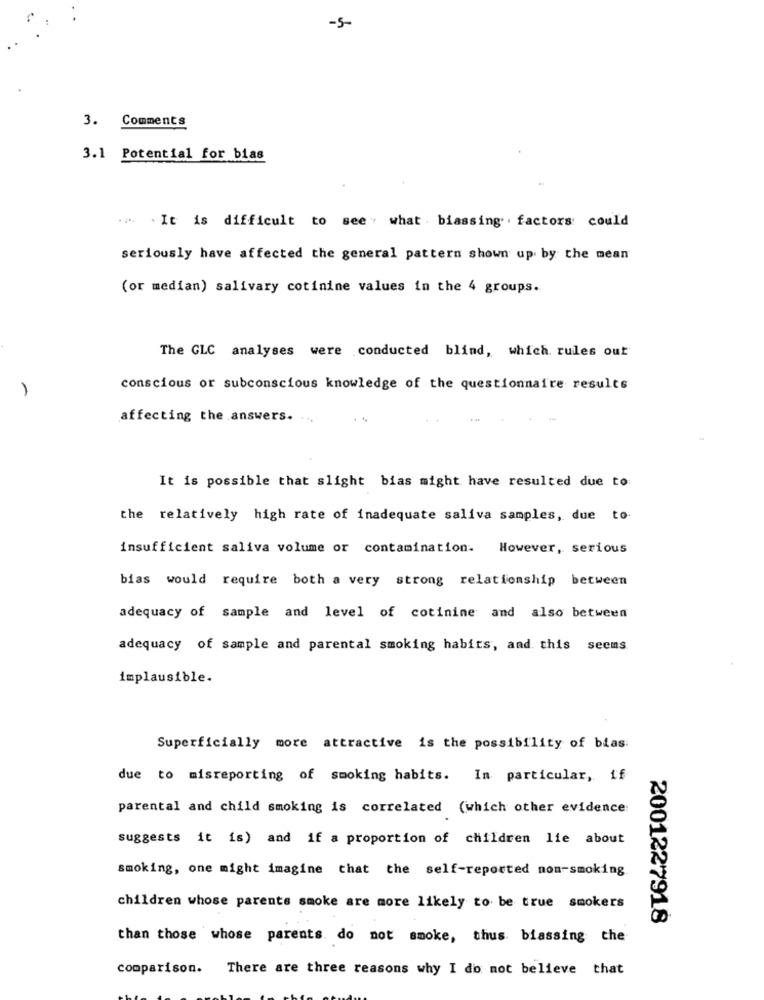
-5-
3. Comments
3.1 Potential for bias
.. . It is difficult to see what . biassing . factors could
seriously have affected the general pattern shown up by the mean
(or median) salivary cotinine values in the 4 groups.
The GLC analyses were conducted blind, which rules out
1
conscious or subconscious knowledge of the questionnaire results
affecting the answers.
It is possible that slight bias might have resulted due to
the relatively high rate of inadequate saliva samples, due to-
insufficient saliva volume or contamination. However, serious
bias would require both a very strong relationship between
adequacy of sample and level of cotinine and also between
adequacy of sample and parental smoking habits, and this seems
implausible.
Superficially more attractive is the possibility of bias:
due to misreporting of smoking habits. In particular, if
parental and child smoking is correlated (which other evidence
suggests it is) and if a proportion of children lie about
smoking, one might imagine that the self-reported non-smoking
children whose parents smoke are more likely to be true smokers
2001227918
than those whose parents. do not smoke, thus. biassing the
comparison. There are three reasons why I do not believe that